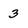
Character: 3